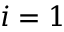
i = 1